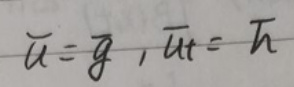
\(\overline{u}=\overline{g},\overline{u_t}=\overline{h}\)